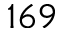
1 6 9